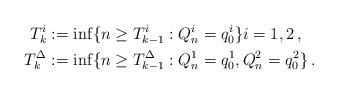
LaTeX: \begin{align*} T_k^i &:= \inf \{n \geq T_{k-1}^i : Q_n^i = q^i_0\} i=1,2 \,, \\ T_k^\Delta & := \inf \{n \geq T_{k-1}^\Delta : Q_n^1 = q^1_0, Q_n^2 = q^2_0\} \,. \end{align*}